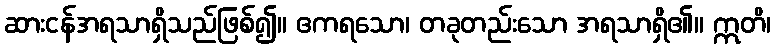
ဆားငန်အရသာရှိသည်ဖြစ်၍။ ဧကရသော၊ တခုတည်းသော အရသာရှိ၏။ ဣတိ၊